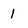
Character: 1